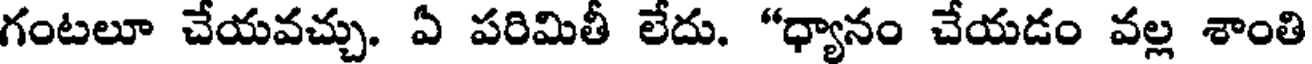
గంటలూ చేయవచ్చు. ఏ పరిమితీ లేదు. "ధ్యానం చేయడం వల్ల శాంతి